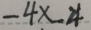
- 4 \times \_ 2 4